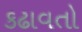
કઢાવતો